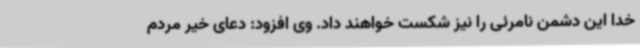
خدا این دشمن نامرئی را نیز شکست خواهند داد. وی افزود: دعای خیر مردم